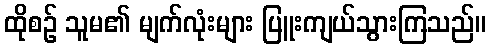
ထိုစဉ် သူမ၏ မျက်လုံးများ ပြူးကျယ်သွားကြသည်။